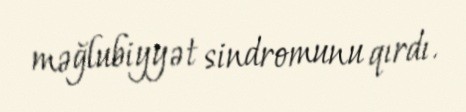
məğlubiyyət sindromunu qırdı.